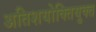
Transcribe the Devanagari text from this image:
अतिशयोक्‍तियुक्‍त